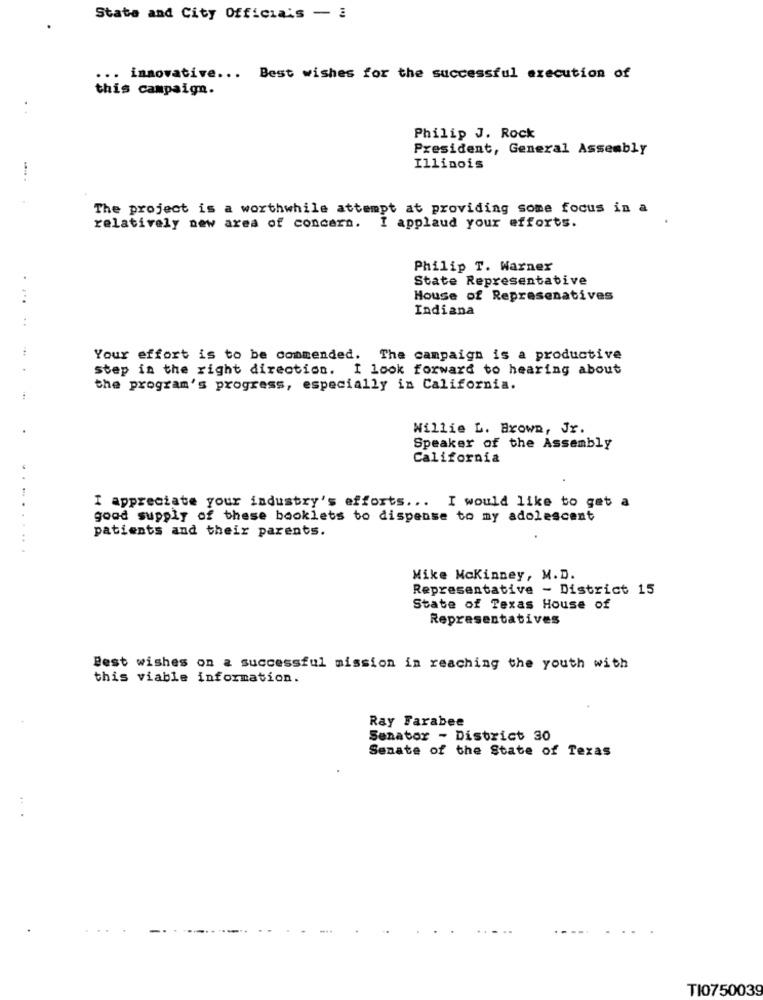
State and City Officials - i
... innovative ... Best wishes for the successful execution of
this campaign.
Philip J. Rock
President, General Assembly
Illinois
The project is a worthwhile attempt at providing some focus in a
relatively new area of concern. I applaud your efforts.
Philip T. Warner
State Representative
. ...
House of Represenatives
Indiana
Your effort is to be commended. The campaign is a productive
step in the right direction. I look forward to hearing about
the program's progress, especially in California.
Willie L. Brown, Jr.
Speaker of the Assembly
California
I appreciate your industry's efforts ... I would like to get a
good supply of these booklets to dispense to my adolescent
patients and their parents.
.... . . ...
Mike Mckinney, M.D.
Representative - District 15
State of Texas House of
Representatives
Best wishes on a successful mission in reaching the youth with
this viable information.
Ray Farabee
Senator - District 30
Senate of the State of Texas
TI0750039